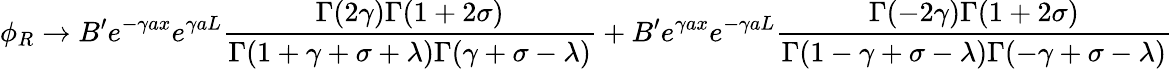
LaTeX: \phi_{R}\rightarrow B^{\prime}e^{-\gamma ax}e^{\gamma aL}\frac{\Gamma(2\gamma)\Gamma(1+2\sigma)}{\Gamma(1+\gamma+\sigma+\lambda)\Gamma(\gamma+\sigma-\lambda)}+B^{\prime}e^{\gamma ax}e^{-\gamma aL}\frac{\Gamma(-2\gamma)\Gamma(1+2\sigma)}{\Gamma(1-\gamma+\sigma-\lambda)\Gamma(-\gamma+\sigma-\lambda)}